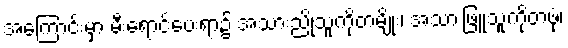
အကြောင်းမှာ မီးရောင်ပေးရာ၌ အသားညိုသူကိုတမျိုး၊ အသားဖြူသူကိုတဖုံ၊